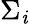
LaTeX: \Sigma_{\mathit{i}}